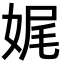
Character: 娓